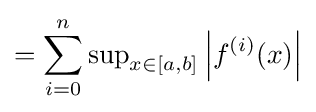
=\sum _{i=0}^{n}\sup \nolimits _{x\in [a,b]}\left|f^{(i)}(x)\right|